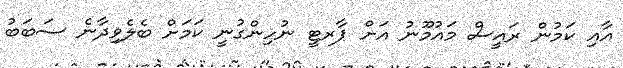
އާއި ކަމުން ރައީސް މައުމޫނު އަށް ޕާރޓީ ނުހިންގުނީ ކަމަށް ބެލެވިދާނެ ސަބަބު